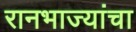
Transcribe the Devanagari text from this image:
रानभाज्यांचा